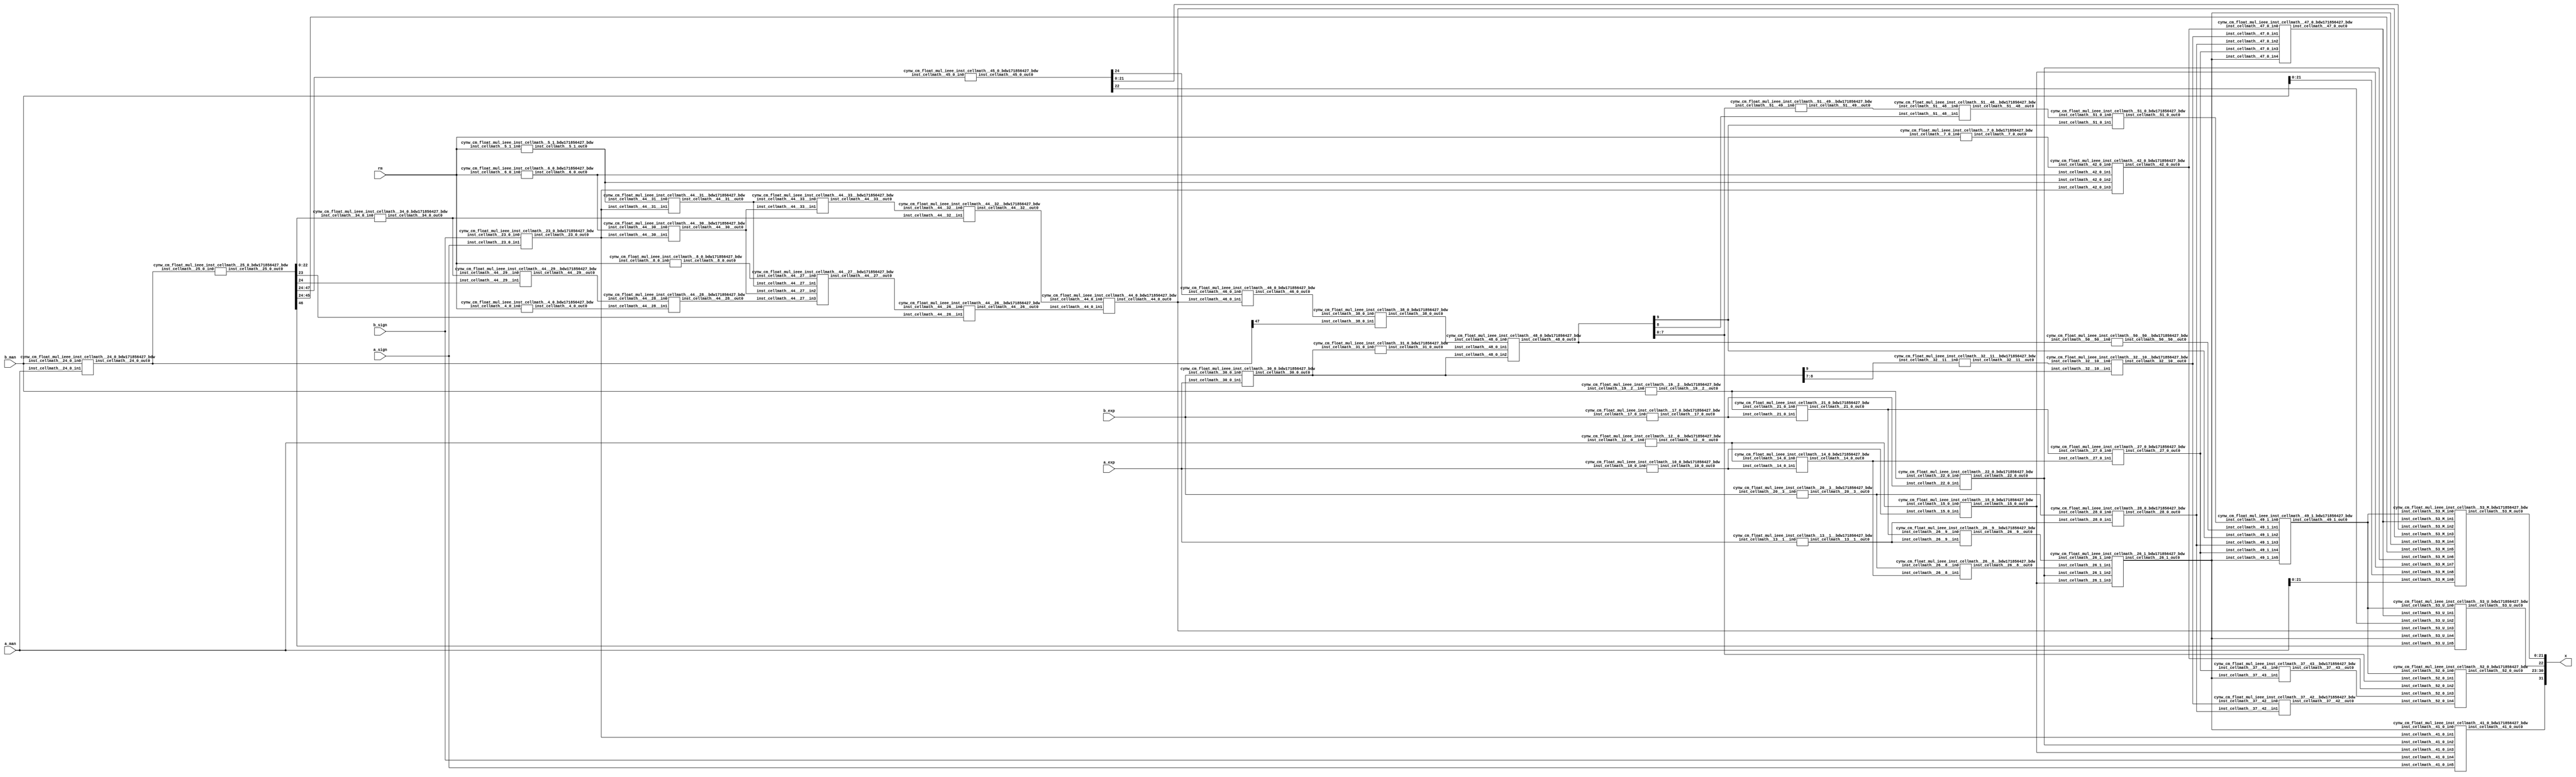
/*****************************************************************************
    Verilog Hierarchical RTL Description
    
    
    Created by: CellMath Designer 2019.1.01 
*******************************************************************************/

module float_div_cynw_cm_float_mul_ieee_E8_M23_0 (
	a_sign,
	a_exp,
	a_man,
	b_sign,
	b_exp,
	b_man,
	rm,
	x
	); /* architecture "behavioural" */ 
input  a_sign;
input [7:0] a_exp;
input [22:0] a_man;
input  b_sign;
input [7:0] b_exp;
input [22:0] b_man;
input [2:0] rm;
output [31:0] x;
wire [31:0] inst_cellmath__3;
wire  inst_cellmath__4,
	inst_cellmath__5,
	inst_cellmath__6,
	inst_cellmath__7,
	inst_cellmath__8,
	inst_cellmath__10,
	inst_cellmath__12,
	inst_cellmath__13,
	inst_cellmath__14,
	inst_cellmath__15,
	inst_cellmath__17,
	inst_cellmath__19,
	inst_cellmath__20,
	inst_cellmath__21,
	inst_cellmath__22,
	inst_cellmath__23;
wire [47:0] inst_cellmath__24,
	inst_cellmath__25;
wire  inst_cellmath__26,
	inst_cellmath__27,
	inst_cellmath__28;
wire [9:0] inst_cellmath__30,
	inst_cellmath__31;
wire  inst_cellmath__32,
	inst_cellmath__34,
	inst_cellmath__38,
	inst_cellmath__41,
	inst_cellmath__42,
	inst_cellmath__44;
wire [24:0] inst_cellmath__45;
wire  inst_cellmath__46,
	inst_cellmath__47;
wire [9:0] inst_cellmath__48;
wire  inst_cellmath__49,
	inst_cellmath__51;
wire [7:0] inst_cellmath__52;
wire [22:0] inst_cellmath__53;
wire [23:0] inst_cellmath__24__4,
	inst_cellmath__24__5;
wire [47:0] inst_cellmath__25__7;
wire [0:0] inst_cellmath__26__8,
	inst_cellmath__26__9,
	inst_cellmath__32__11,
	inst_cellmath__44__29,
	inst_cellmath__44__28,
	inst_cellmath__44__30,
	inst_cellmath__44__31,
	inst_cellmath__44__27,
	inst_cellmath__44__26,
	inst_cellmath__44__33,
	inst_cellmath__44__32;
wire [8:0] inst_cellmath__37__40;
wire [0:0] inst_cellmath__37__42,
	inst_cellmath__37__43,
	inst_cellmath__51__49,
	inst_cellmath__51__48,
	inst_cellmath__50__50;
wire [2:0] inst_cellmath__26_0;
wire [1:0] inst_cellmath__5_0;
wire [2:0] inst_cellmath__49_0;
wire [4:0] inst_cellmath__49_1_0;
wire [2:0] inst_cellmath__49_1_1;

assign inst_cellmath__24__4 = {1'B1,a_man};
cynw_cm_float_mul_ieee_inst_cellmath__17_0_bdw171856427_bdw inst_cellmath__17_0_0(
	.inst_cellmath__17_0_out0(inst_cellmath__17),
	.inst_cellmath__17_0_in0(b_exp)
	) ;
cynw_cm_float_mul_ieee_inst_cellmath__19__2__bdw171856427_bdw inst_cellmath__19__2__0(
	.inst_cellmath__19__2__out0(inst_cellmath__19),
	.inst_cellmath__19__2__in0(b_man)
	) ;
cynw_cm_float_mul_ieee_inst_cellmath__21_0_bdw171856427_bdw inst_cellmath__21_0_0(
	.inst_cellmath__21_0_out0(inst_cellmath__21),
	.inst_cellmath__21_0_in0(inst_cellmath__19),
	.inst_cellmath__21_0_in1(inst_cellmath__17)
	) ;
cynw_cm_float_mul_ieee_inst_cellmath__13__1__bdw171856427_bdw inst_cellmath__13__1__0(
	.inst_cellmath__13__1__out0(inst_cellmath__13),
	.inst_cellmath__13__1__in0(a_exp)
	) ;
cynw_cm_float_mul_ieee_inst_cellmath__26__9__bdw171856427_bdw inst_cellmath__26__9__0(
	.inst_cellmath__26__9__out0(inst_cellmath__26__9),
	.inst_cellmath__26__9__in0(inst_cellmath__21),
	.inst_cellmath__26__9__in1(inst_cellmath__13)
	) ;
cynw_cm_float_mul_ieee_inst_cellmath__10_0_bdw171856427_bdw inst_cellmath__10_0_0(
	.inst_cellmath__10_0_out0(inst_cellmath__10),
	.inst_cellmath__10_0_in0(a_exp)
	) ;
cynw_cm_float_mul_ieee_inst_cellmath__12__0__bdw171856427_bdw inst_cellmath__12__0__0(
	.inst_cellmath__12__0__out0(inst_cellmath__12),
	.inst_cellmath__12__0__in0(a_man)
	) ;
cynw_cm_float_mul_ieee_inst_cellmath__14_0_bdw171856427_bdw inst_cellmath__14_0_0(
	.inst_cellmath__14_0_out0(inst_cellmath__14),
	.inst_cellmath__14_0_in0(inst_cellmath__12),
	.inst_cellmath__14_0_in1(inst_cellmath__10)
	) ;
cynw_cm_float_mul_ieee_inst_cellmath__20__3__bdw171856427_bdw inst_cellmath__20__3__0(
	.inst_cellmath__20__3__out0(inst_cellmath__20),
	.inst_cellmath__20__3__in0(b_exp)
	) ;
cynw_cm_float_mul_ieee_inst_cellmath__26__8__bdw171856427_bdw inst_cellmath__26__8__0(
	.inst_cellmath__26__8__out0(inst_cellmath__26__8),
	.inst_cellmath__26__8__in0(inst_cellmath__20),
	.inst_cellmath__26__8__in1(inst_cellmath__14)
	) ;
cynw_cm_float_mul_ieee_inst_cellmath__15_0_bdw171856427_bdw inst_cellmath__15_0_0(
	.inst_cellmath__15_0_out0(inst_cellmath__15),
	.inst_cellmath__15_0_in0(inst_cellmath__12),
	.inst_cellmath__15_0_in1(inst_cellmath__10)
	) ;
cynw_cm_float_mul_ieee_inst_cellmath__22_0_bdw171856427_bdw inst_cellmath__22_0_0(
	.inst_cellmath__22_0_out0(inst_cellmath__22),
	.inst_cellmath__22_0_in0(inst_cellmath__19),
	.inst_cellmath__22_0_in1(inst_cellmath__17)
	) ;
cynw_cm_float_mul_ieee_inst_cellmath__26_1_bdw171856427_bdw inst_cellmath__26_1_0(
	.inst_cellmath__26_1_out0(inst_cellmath__26),
	.inst_cellmath__26_1_in0(inst_cellmath__26__9),
	.inst_cellmath__26_1_in1(inst_cellmath__26__8),
	.inst_cellmath__26_1_in2(inst_cellmath__22),
	.inst_cellmath__26_1_in3(inst_cellmath__15)
	) ;

assign inst_cellmath__26_0 = {inst_cellmath__26,inst_cellmath__15,inst_cellmath__22};
cynw_cm_float_mul_ieee_inst_cellmath__23_0_bdw171856427_bdw inst_cellmath__23_0_0(
	.inst_cellmath__23_0_out0(inst_cellmath__23),
	.inst_cellmath__23_0_in0(b_sign),
	.inst_cellmath__23_0_in1(a_sign)
	) ;
cynw_cm_float_mul_ieee_inst_cellmath__41_0_bdw171856427_bdw inst_cellmath__41_0_0(
	.inst_cellmath__41_0_out0(inst_cellmath__41),
	.inst_cellmath__41_0_in0(inst_cellmath__26),
	.inst_cellmath__41_0_in1(inst_cellmath__23),
	.inst_cellmath__41_0_in2(inst_cellmath__22),
	.inst_cellmath__41_0_in3(inst_cellmath__15),
	.inst_cellmath__41_0_in4(b_sign),
	.inst_cellmath__41_0_in5(a_sign)
	) ;

assign inst_cellmath__24__5 = {1'B1,b_man};
cynw_cm_float_mul_ieee_inst_cellmath__24_0_bdw171856427_bdw inst_cellmath__24_0_0(
	.inst_cellmath__24_0_out0(inst_cellmath__24),
	.inst_cellmath__24_0_in0(b_man),
	.inst_cellmath__24_0_in1(a_man)
	) ;

assign inst_cellmath__25__7 = {inst_cellmath__24[46:0],1'B0};
cynw_cm_float_mul_ieee_inst_cellmath__25_0_bdw171856427_bdw inst_cellmath__25_0_0(
	.inst_cellmath__25_0_out0(inst_cellmath__25),
	.inst_cellmath__25_0_in0(inst_cellmath__24)
	) ;
cynw_cm_float_mul_ieee_inst_cellmath__45_0_bdw171856427_bdw inst_cellmath__45_0_0(
	.inst_cellmath__45_0_out0(inst_cellmath__45),
	.inst_cellmath__45_0_in0(inst_cellmath__25[47:24])
	) ;
cynw_cm_float_mul_ieee_inst_cellmath__5_1_bdw171856427_bdw inst_cellmath__5_1_0(
	.inst_cellmath__5_1_out0(inst_cellmath__5),
	.inst_cellmath__5_1_in0(rm)
	) ;
cynw_cm_float_mul_ieee_inst_cellmath__44__31__bdw171856427_bdw inst_cellmath__44__31__0(
	.inst_cellmath__44__31__out0(inst_cellmath__44__31),
	.inst_cellmath__44__31__in0(inst_cellmath__5),
	.inst_cellmath__44__31__in1(inst_cellmath__23)
	) ;
cynw_cm_float_mul_ieee_inst_cellmath__6_0_bdw171856427_bdw inst_cellmath__6_0_0(
	.inst_cellmath__6_0_out0(inst_cellmath__6),
	.inst_cellmath__6_0_in0(rm)
	) ;
cynw_cm_float_mul_ieee_inst_cellmath__44__30__bdw171856427_bdw inst_cellmath__44__30__0(
	.inst_cellmath__44__30__out0(inst_cellmath__44__30),
	.inst_cellmath__44__30__in0(inst_cellmath__6),
	.inst_cellmath__44__30__in1(inst_cellmath__23)
	) ;
cynw_cm_float_mul_ieee_inst_cellmath__8_0_bdw171856427_bdw inst_cellmath__8_0_0(
	.inst_cellmath__8_0_out0(inst_cellmath__8),
	.inst_cellmath__8_0_in0(rm)
	) ;
cynw_cm_float_mul_ieee_inst_cellmath__4_0_bdw171856427_bdw inst_cellmath__4_0_0(
	.inst_cellmath__4_0_out0(inst_cellmath__4),
	.inst_cellmath__4_0_in0(rm)
	) ;
cynw_cm_float_mul_ieee_inst_cellmath__34_0_bdw171856427_bdw inst_cellmath__34_0_0(
	.inst_cellmath__34_0_out0(inst_cellmath__34),
	.inst_cellmath__34_0_in0(inst_cellmath__25[22:0])
	) ;
cynw_cm_float_mul_ieee_inst_cellmath__44__29__bdw171856427_bdw inst_cellmath__44__29__0(
	.inst_cellmath__44__29__out0(inst_cellmath__44__29),
	.inst_cellmath__44__29__in0(inst_cellmath__34),
	.inst_cellmath__44__29__in1(inst_cellmath__25[24])
	) ;
cynw_cm_float_mul_ieee_inst_cellmath__44__28__bdw171856427_bdw inst_cellmath__44__28__0(
	.inst_cellmath__44__28__out0(inst_cellmath__44__28),
	.inst_cellmath__44__28__in0(inst_cellmath__44__29),
	.inst_cellmath__44__28__in1(inst_cellmath__4)
	) ;
cynw_cm_float_mul_ieee_inst_cellmath__44__27__bdw171856427_bdw inst_cellmath__44__27__0(
	.inst_cellmath__44__27__out0(inst_cellmath__44__27),
	.inst_cellmath__44__27__in0(inst_cellmath__8),
	.inst_cellmath__44__27__in1(inst_cellmath__44__31),
	.inst_cellmath__44__27__in2(inst_cellmath__44__30),
	.inst_cellmath__44__27__in3(inst_cellmath__44__28)
	) ;
cynw_cm_float_mul_ieee_inst_cellmath__44__26__bdw171856427_bdw inst_cellmath__44__26__0(
	.inst_cellmath__44__26__out0(inst_cellmath__44__26),
	.inst_cellmath__44__26__in0(inst_cellmath__44__27),
	.inst_cellmath__44__26__in1(inst_cellmath__25[23])
	) ;
cynw_cm_float_mul_ieee_inst_cellmath__44__33__bdw171856427_bdw inst_cellmath__44__33__0(
	.inst_cellmath__44__33__out0(inst_cellmath__44__33),
	.inst_cellmath__44__33__in0(inst_cellmath__44__31),
	.inst_cellmath__44__33__in1(inst_cellmath__44__30)
	) ;
cynw_cm_float_mul_ieee_inst_cellmath__44__32__bdw171856427_bdw inst_cellmath__44__32__0(
	.inst_cellmath__44__32__out0(inst_cellmath__44__32),
	.inst_cellmath__44__32__in0(inst_cellmath__44__33),
	.inst_cellmath__44__32__in1(inst_cellmath__34)
	) ;
cynw_cm_float_mul_ieee_inst_cellmath__44_0_bdw171856427_bdw inst_cellmath__44_0_0(
	.inst_cellmath__44_0_out0(inst_cellmath__44),
	.inst_cellmath__44_0_in0(inst_cellmath__44__32),
	.inst_cellmath__44_0_in1(inst_cellmath__44__26)
	) ;
cynw_cm_float_mul_ieee_inst_cellmath__46_0_bdw171856427_bdw inst_cellmath__46_0_0(
	.inst_cellmath__46_0_out0(inst_cellmath__46),
	.inst_cellmath__46_0_in0(inst_cellmath__45[24]),
	.inst_cellmath__46_0_in1(inst_cellmath__44)
	) ;
cynw_cm_float_mul_ieee_inst_cellmath__38_0_bdw171856427_bdw inst_cellmath__38_0_0(
	.inst_cellmath__38_0_out0(inst_cellmath__38),
	.inst_cellmath__38_0_in0(inst_cellmath__46),
	.inst_cellmath__38_0_in1(inst_cellmath__24[47])
	) ;
cynw_cm_float_mul_ieee_inst_cellmath__30_0_bdw171856427_bdw inst_cellmath__30_0_0(
	.inst_cellmath__30_0_out0(inst_cellmath__30),
	.inst_cellmath__30_0_in0(b_exp),
	.inst_cellmath__30_0_in1(a_exp)
	) ;
cynw_cm_float_mul_ieee_inst_cellmath__31_0_bdw171856427_bdw inst_cellmath__31_0_0(
	.inst_cellmath__31_0_out0(inst_cellmath__31),
	.inst_cellmath__31_0_in0(inst_cellmath__30)
	) ;
cynw_cm_float_mul_ieee_inst_cellmath__48_0_bdw171856427_bdw inst_cellmath__48_0_0(
	.inst_cellmath__48_0_out0(inst_cellmath__48),
	.inst_cellmath__48_0_in0(inst_cellmath__38),
	.inst_cellmath__48_0_in1(inst_cellmath__31),
	.inst_cellmath__48_0_in2(inst_cellmath__30)
	) ;
cynw_cm_float_mul_ieee_inst_cellmath__51__49__bdw171856427_bdw inst_cellmath__51__49__0(
	.inst_cellmath__51__49__out0(inst_cellmath__51__49),
	.inst_cellmath__51__49__in0(inst_cellmath__48[7:0])
	) ;
cynw_cm_float_mul_ieee_inst_cellmath__51__48__bdw171856427_bdw inst_cellmath__51__48__0(
	.inst_cellmath__51__48__out0(inst_cellmath__51__48),
	.inst_cellmath__51__48__in0(inst_cellmath__51__49),
	.inst_cellmath__51__48__in1(inst_cellmath__48[8])
	) ;
cynw_cm_float_mul_ieee_inst_cellmath__51_0_bdw171856427_bdw inst_cellmath__51_0_0(
	.inst_cellmath__51_0_out0(inst_cellmath__51),
	.inst_cellmath__51_0_in0(inst_cellmath__51__48),
	.inst_cellmath__51_0_in1(inst_cellmath__48[9])
	) ;
cynw_cm_float_mul_ieee_inst_cellmath__28_0_bdw171856427_bdw inst_cellmath__28_0_0(
	.inst_cellmath__28_0_out0(inst_cellmath__28),
	.inst_cellmath__28_0_in0(inst_cellmath__20),
	.inst_cellmath__28_0_in1(inst_cellmath__13)
	) ;
cynw_cm_float_mul_ieee_inst_cellmath__27_0_bdw171856427_bdw inst_cellmath__27_0_0(
	.inst_cellmath__27_0_out0(inst_cellmath__27),
	.inst_cellmath__27_0_in0(inst_cellmath__21),
	.inst_cellmath__27_0_in1(inst_cellmath__14)
	) ;
cynw_cm_float_mul_ieee_inst_cellmath__50__50__bdw171856427_bdw inst_cellmath__50__50__0(
	.inst_cellmath__50__50__out0(inst_cellmath__50__50),
	.inst_cellmath__50__50__in0(inst_cellmath__48)
	) ;
cynw_cm_float_mul_ieee_inst_cellmath__49_1_bdw171856427_bdw inst_cellmath__49_1_2(
	.inst_cellmath__49_1_out0(inst_cellmath__49),
	.inst_cellmath__49_1_in0(inst_cellmath__51),
	.inst_cellmath__49_1_in1(inst_cellmath__50__50),
	.inst_cellmath__49_1_in2(inst_cellmath__48[9]),
	.inst_cellmath__49_1_in3(inst_cellmath__28),
	.inst_cellmath__49_1_in4(inst_cellmath__27),
	.inst_cellmath__49_1_in5(inst_cellmath__26)
	) ;
cynw_cm_float_mul_ieee_inst_cellmath__37__43__bdw171856427_bdw inst_cellmath__37__43__0(
	.inst_cellmath__37__43__out0(inst_cellmath__37__43),
	.inst_cellmath__37__43__in0(inst_cellmath__27),
	.inst_cellmath__37__43__in1(inst_cellmath__26)
	) ;
cynw_cm_float_mul_ieee_inst_cellmath__32__11__bdw171856427_bdw inst_cellmath__32__11__0(
	.inst_cellmath__32__11__out0(inst_cellmath__32__11),
	.inst_cellmath__32__11__in0(inst_cellmath__30[8:7])
	) ;
cynw_cm_float_mul_ieee_inst_cellmath__32__10__bdw171856427_bdw inst_cellmath__32__10__0(
	.inst_cellmath__32__10__out0(inst_cellmath__32),
	.inst_cellmath__32__10__in0(inst_cellmath__32__11),
	.inst_cellmath__32__10__in1(inst_cellmath__30[9])
	) ;
cynw_cm_float_mul_ieee_inst_cellmath__37__42__bdw171856427_bdw inst_cellmath__37__42__0(
	.inst_cellmath__37__42__out0(inst_cellmath__37__42),
	.inst_cellmath__37__42__in0(inst_cellmath__32),
	.inst_cellmath__37__42__in1(inst_cellmath__28)
	) ;

assign inst_cellmath__49_0 = {inst_cellmath__49,inst_cellmath__37__43,inst_cellmath__37__42};

assign inst_cellmath__5_0 = {inst_cellmath__5,inst_cellmath__6};
cynw_cm_float_mul_ieee_inst_cellmath__7_0_bdw171856427_bdw inst_cellmath__7_0_0(
	.inst_cellmath__7_0_out0(inst_cellmath__7),
	.inst_cellmath__7_0_in0(rm)
	) ;
cynw_cm_float_mul_ieee_inst_cellmath__42_0_bdw171856427_bdw inst_cellmath__42_0_0(
	.inst_cellmath__42_0_out0(inst_cellmath__42),
	.inst_cellmath__42_0_in0(inst_cellmath__7),
	.inst_cellmath__42_0_in1(inst_cellmath__6),
	.inst_cellmath__42_0_in2(inst_cellmath__5),
	.inst_cellmath__42_0_in3(inst_cellmath__23)
	) ;

assign inst_cellmath__37__40[7:0] = {7'B1111111,inst_cellmath__42};
cynw_cm_float_mul_ieee_inst_cellmath__52_0_bdw171856427_bdw inst_cellmath__52_0_0(
	.inst_cellmath__52_0_out0(inst_cellmath__52),
	.inst_cellmath__52_0_in0(inst_cellmath__49),
	.inst_cellmath__52_0_in1(inst_cellmath__48[7:0]),
	.inst_cellmath__52_0_in2(inst_cellmath__42),
	.inst_cellmath__52_0_in3(inst_cellmath__37__43),
	.inst_cellmath__52_0_in4(inst_cellmath__37__42)
	) ;

assign inst_cellmath__49_1_1 = {inst_cellmath__49,inst_cellmath__44,inst_cellmath__26};
cynw_cm_float_mul_ieee_inst_cellmath__47_0_bdw171856427_bdw inst_cellmath__47_0_0(
	.inst_cellmath__47_0_out0(inst_cellmath__47),
	.inst_cellmath__47_0_in0(inst_cellmath__42),
	.inst_cellmath__47_0_in1(inst_cellmath__32),
	.inst_cellmath__47_0_in2(inst_cellmath__28),
	.inst_cellmath__47_0_in3(inst_cellmath__27),
	.inst_cellmath__47_0_in4(inst_cellmath__26)
	) ;
cynw_cm_float_mul_ieee_inst_cellmath__53_U_bdw171856427_bdw inst_cellmath__53_U_0(
	.inst_cellmath__53_U_out0(inst_cellmath__53[22]),
	.inst_cellmath__53_U_in0(inst_cellmath__49),
	.inst_cellmath__53_U_in1(inst_cellmath__47),
	.inst_cellmath__53_U_in2(inst_cellmath__45[22]),
	.inst_cellmath__53_U_in3(inst_cellmath__44),
	.inst_cellmath__53_U_in4(inst_cellmath__26),
	.inst_cellmath__53_U_in5(inst_cellmath__25[46])
	) ;

assign inst_cellmath__49_1_0 = {inst_cellmath__49,inst_cellmath__44,inst_cellmath__26,inst_cellmath__15,inst_cellmath__22};
cynw_cm_float_mul_ieee_inst_cellmath__53_M_bdw171856427_bdw inst_cellmath__53_M_0(
	.inst_cellmath__53_M_out0(inst_cellmath__53[21:0]),
	.inst_cellmath__53_M_in0(inst_cellmath__49),
	.inst_cellmath__53_M_in1(inst_cellmath__47),
	.inst_cellmath__53_M_in2(inst_cellmath__45[21:0]),
	.inst_cellmath__53_M_in3(inst_cellmath__44),
	.inst_cellmath__53_M_in4(inst_cellmath__26),
	.inst_cellmath__53_M_in5(inst_cellmath__25[45:24]),
	.inst_cellmath__53_M_in6(inst_cellmath__22),
	.inst_cellmath__53_M_in7(inst_cellmath__15),
	.inst_cellmath__53_M_in8(b_man[21:0]),
	.inst_cellmath__53_M_in9(a_man[21:0])
	) ;

assign inst_cellmath__3 = {inst_cellmath__41,inst_cellmath__52,inst_cellmath__53};

assign x = inst_cellmath__3;
endmodule

module cynw_cm_float_mul_ieee_inst_cellmath__17_0_bdw171856427_bdw (
	inst_cellmath__17_0_out0,
	inst_cellmath__17_0_in0
	); /* architecture "behavioural" */ 
output  inst_cellmath__17_0_out0;
input [7:0] inst_cellmath__17_0_in0;

assign inst_cellmath__17_0_out0 = 
	(inst_cellmath__17_0_in0[0])
	&(inst_cellmath__17_0_in0[1])
	&(inst_cellmath__17_0_in0[2])
	&(inst_cellmath__17_0_in0[3])
	&(inst_cellmath__17_0_in0[4])
	&(inst_cellmath__17_0_in0[5])
	&(inst_cellmath__17_0_in0[6])
	&(inst_cellmath__17_0_in0[7]);
endmodule

module cynw_cm_float_mul_ieee_inst_cellmath__19__2__bdw171856427_bdw (
	inst_cellmath__19__2__out0,
	inst_cellmath__19__2__in0
	); /* architecture "behavioural" */ 
output  inst_cellmath__19__2__out0;
input [22:0] inst_cellmath__19__2__in0;

assign inst_cellmath__19__2__out0 = ~(
	(inst_cellmath__19__2__in0[0])
	|(inst_cellmath__19__2__in0[1])
	|(inst_cellmath__19__2__in0[2])
	|(inst_cellmath__19__2__in0[3])
	|(inst_cellmath__19__2__in0[4])
	|(inst_cellmath__19__2__in0[5])
	|(inst_cellmath__19__2__in0[6])
	|(inst_cellmath__19__2__in0[7])
	|(inst_cellmath__19__2__in0[8])
	|(inst_cellmath__19__2__in0[9])
	|(inst_cellmath__19__2__in0[10])
	|(inst_cellmath__19__2__in0[11])
	|(inst_cellmath__19__2__in0[12])
	|(inst_cellmath__19__2__in0[13])
	|(inst_cellmath__19__2__in0[14])
	|(inst_cellmath__19__2__in0[15])
	|(inst_cellmath__19__2__in0[16])
	|(inst_cellmath__19__2__in0[17])
	|(inst_cellmath__19__2__in0[18])
	|(inst_cellmath__19__2__in0[19])
	|(inst_cellmath__19__2__in0[20])
	|(inst_cellmath__19__2__in0[21])
	|(inst_cellmath__19__2__in0[22]));
endmodule

module cynw_cm_float_mul_ieee_inst_cellmath__21_0_bdw171856427_bdw (
	inst_cellmath__21_0_out0,
	inst_cellmath__21_0_in0,
	inst_cellmath__21_0_in1
	); /* architecture "behavioural" */ 
output  inst_cellmath__21_0_out0;
input  inst_cellmath__21_0_in0,
	inst_cellmath__21_0_in1;

assign inst_cellmath__21_0_out0 = 
	(inst_cellmath__21_0_in1)
	&(inst_cellmath__21_0_in0);
endmodule

module cynw_cm_float_mul_ieee_inst_cellmath__13__1__bdw171856427_bdw (
	inst_cellmath__13__1__out0,
	inst_cellmath__13__1__in0
	); /* architecture "behavioural" */ 
output  inst_cellmath__13__1__out0;
input [7:0] inst_cellmath__13__1__in0;

assign inst_cellmath__13__1__out0 = ~(
	(inst_cellmath__13__1__in0[0])
	|(inst_cellmath__13__1__in0[1])
	|(inst_cellmath__13__1__in0[2])
	|(inst_cellmath__13__1__in0[3])
	|(inst_cellmath__13__1__in0[4])
	|(inst_cellmath__13__1__in0[5])
	|(inst_cellmath__13__1__in0[6])
	|(inst_cellmath__13__1__in0[7]));
endmodule

module cynw_cm_float_mul_ieee_inst_cellmath__26__9__bdw171856427_bdw (
	inst_cellmath__26__9__out0,
	inst_cellmath__26__9__in0,
	inst_cellmath__26__9__in1
	); /* architecture "behavioural" */ 
output [0:0] inst_cellmath__26__9__out0;
input  inst_cellmath__26__9__in0,
	inst_cellmath__26__9__in1;

assign inst_cellmath__26__9__out0 = 
	(inst_cellmath__26__9__in0)
	&(inst_cellmath__26__9__in1);
endmodule

module cynw_cm_float_mul_ieee_inst_cellmath__10_0_bdw171856427_bdw (
	inst_cellmath__10_0_out0,
	inst_cellmath__10_0_in0
	); /* architecture "behavioural" */ 
output  inst_cellmath__10_0_out0;
input [7:0] inst_cellmath__10_0_in0;

assign inst_cellmath__10_0_out0 = 
	(inst_cellmath__10_0_in0[0])
	&(inst_cellmath__10_0_in0[1])
	&(inst_cellmath__10_0_in0[2])
	&(inst_cellmath__10_0_in0[3])
	&(inst_cellmath__10_0_in0[4])
	&(inst_cellmath__10_0_in0[5])
	&(inst_cellmath__10_0_in0[6])
	&(inst_cellmath__10_0_in0[7]);
endmodule

module cynw_cm_float_mul_ieee_inst_cellmath__12__0__bdw171856427_bdw (
	inst_cellmath__12__0__out0,
	inst_cellmath__12__0__in0
	); /* architecture "behavioural" */ 
output  inst_cellmath__12__0__out0;
input [22:0] inst_cellmath__12__0__in0;

assign inst_cellmath__12__0__out0 = ~(
	(inst_cellmath__12__0__in0[0])
	|(inst_cellmath__12__0__in0[1])
	|(inst_cellmath__12__0__in0[2])
	|(inst_cellmath__12__0__in0[3])
	|(inst_cellmath__12__0__in0[4])
	|(inst_cellmath__12__0__in0[5])
	|(inst_cellmath__12__0__in0[6])
	|(inst_cellmath__12__0__in0[7])
	|(inst_cellmath__12__0__in0[8])
	|(inst_cellmath__12__0__in0[9])
	|(inst_cellmath__12__0__in0[10])
	|(inst_cellmath__12__0__in0[11])
	|(inst_cellmath__12__0__in0[12])
	|(inst_cellmath__12__0__in0[13])
	|(inst_cellmath__12__0__in0[14])
	|(inst_cellmath__12__0__in0[15])
	|(inst_cellmath__12__0__in0[16])
	|(inst_cellmath__12__0__in0[17])
	|(inst_cellmath__12__0__in0[18])
	|(inst_cellmath__12__0__in0[19])
	|(inst_cellmath__12__0__in0[20])
	|(inst_cellmath__12__0__in0[21])
	|(inst_cellmath__12__0__in0[22]));
endmodule

module cynw_cm_float_mul_ieee_inst_cellmath__14_0_bdw171856427_bdw (
	inst_cellmath__14_0_out0,
	inst_cellmath__14_0_in0,
	inst_cellmath__14_0_in1
	); /* architecture "behavioural" */ 
output  inst_cellmath__14_0_out0;
input  inst_cellmath__14_0_in0,
	inst_cellmath__14_0_in1;

assign inst_cellmath__14_0_out0 = 
	(inst_cellmath__14_0_in1)
	&(inst_cellmath__14_0_in0);
endmodule

module cynw_cm_float_mul_ieee_inst_cellmath__20__3__bdw171856427_bdw (
	inst_cellmath__20__3__out0,
	inst_cellmath__20__3__in0
	); /* architecture "behavioural" */ 
output  inst_cellmath__20__3__out0;
input [7:0] inst_cellmath__20__3__in0;

assign inst_cellmath__20__3__out0 = ~(
	(inst_cellmath__20__3__in0[0])
	|(inst_cellmath__20__3__in0[1])
	|(inst_cellmath__20__3__in0[2])
	|(inst_cellmath__20__3__in0[3])
	|(inst_cellmath__20__3__in0[4])
	|(inst_cellmath__20__3__in0[5])
	|(inst_cellmath__20__3__in0[6])
	|(inst_cellmath__20__3__in0[7]));
endmodule

module cynw_cm_float_mul_ieee_inst_cellmath__26__8__bdw171856427_bdw (
	inst_cellmath__26__8__out0,
	inst_cellmath__26__8__in0,
	inst_cellmath__26__8__in1
	); /* architecture "behavioural" */ 
output [0:0] inst_cellmath__26__8__out0;
input  inst_cellmath__26__8__in0,
	inst_cellmath__26__8__in1;

assign inst_cellmath__26__8__out0 = 
	(inst_cellmath__26__8__in1)
	&(inst_cellmath__26__8__in0);
endmodule

module cynw_cm_float_mul_ieee_inst_cellmath__15_0_bdw171856427_bdw (
	inst_cellmath__15_0_out0,
	inst_cellmath__15_0_in0,
	inst_cellmath__15_0_in1
	); /* architecture "behavioural" */ 
output  inst_cellmath__15_0_out0;
input  inst_cellmath__15_0_in0,
	inst_cellmath__15_0_in1;

assign inst_cellmath__15_0_out0 = 
	(inst_cellmath__15_0_in1)
	&((~inst_cellmath__15_0_in0));
endmodule

module cynw_cm_float_mul_ieee_inst_cellmath__22_0_bdw171856427_bdw (
	inst_cellmath__22_0_out0,
	inst_cellmath__22_0_in0,
	inst_cellmath__22_0_in1
	); /* architecture "behavioural" */ 
output  inst_cellmath__22_0_out0;
input  inst_cellmath__22_0_in0,
	inst_cellmath__22_0_in1;

assign inst_cellmath__22_0_out0 = 
	(inst_cellmath__22_0_in1)
	&((~inst_cellmath__22_0_in0));
endmodule

module cynw_cm_float_mul_ieee_inst_cellmath__26_1_bdw171856427_bdw (
	inst_cellmath__26_1_out0,
	inst_cellmath__26_1_in0,
	inst_cellmath__26_1_in1,
	inst_cellmath__26_1_in2,
	inst_cellmath__26_1_in3
	); /* architecture "behavioural" */ 
output  inst_cellmath__26_1_out0;
input [0:0] inst_cellmath__26_1_in0,
	inst_cellmath__26_1_in1;
input  inst_cellmath__26_1_in2,
	inst_cellmath__26_1_in3;

assign inst_cellmath__26_1_out0 = 
	(inst_cellmath__26_1_in0)
	|(inst_cellmath__26_1_in1)
	|(inst_cellmath__26_1_in3)
	|(inst_cellmath__26_1_in2);
endmodule

module cynw_cm_float_mul_ieee_inst_cellmath__23_0_bdw171856427_bdw (
	inst_cellmath__23_0_out0,
	inst_cellmath__23_0_in0,
	inst_cellmath__23_0_in1
	); /* architecture "behavioural" */ 
output  inst_cellmath__23_0_out0;
input  inst_cellmath__23_0_in0,
	inst_cellmath__23_0_in1;

assign inst_cellmath__23_0_out0 = 
	(inst_cellmath__23_0_in1)
	^(inst_cellmath__23_0_in0);
endmodule

module cynw_cm_float_mul_ieee_inst_cellmath__41_0_bdw171856427_bdw (
	inst_cellmath__41_0_out0,
	inst_cellmath__41_0_in0,
	inst_cellmath__41_0_in1,
	inst_cellmath__41_0_in2,
	inst_cellmath__41_0_in3,
	inst_cellmath__41_0_in4,
	inst_cellmath__41_0_in5
	); /* architecture "behavioural" */ 
output  inst_cellmath__41_0_out0;
input  inst_cellmath__41_0_in0,
	inst_cellmath__41_0_in1,
	inst_cellmath__41_0_in2,
	inst_cellmath__41_0_in3,
	inst_cellmath__41_0_in4,
	inst_cellmath__41_0_in5;
wire [2:0] inst_cellmath__26_0;

assign inst_cellmath__26_0 = {inst_cellmath__41_0_in0,inst_cellmath__41_0_in3,inst_cellmath__41_0_in2};

reg [0:0] inst_cellmath__41_0_out0_tmp_0;
assign inst_cellmath__41_0_out0 = inst_cellmath__41_0_out0_tmp_0;
always @ (inst_cellmath__26_0 or inst_cellmath__41_0_in1 or inst_cellmath__41_0_in4 or inst_cellmath__41_0_in5) begin
	casez (inst_cellmath__26_0)
		3'B0?? : inst_cellmath__41_0_out0_tmp_0 = inst_cellmath__41_0_in1 ;
		3'B100 : inst_cellmath__41_0_out0_tmp_0 = 1'B1 ;
		3'B101 : inst_cellmath__41_0_out0_tmp_0 = inst_cellmath__41_0_in4 ;
		default : inst_cellmath__41_0_out0_tmp_0 = inst_cellmath__41_0_in5 ;
	endcase
end
endmodule

module cynw_cm_float_mul_ieee_inst_cellmath__24_0_bdw171856427_bdw (
	inst_cellmath__24_0_out0,
	inst_cellmath__24_0_in0,
	inst_cellmath__24_0_in1
	); /* architecture "behavioural" */ 
output [47:0] inst_cellmath__24_0_out0;
input [22:0] inst_cellmath__24_0_in0,
	inst_cellmath__24_0_in1;
wire [23:0] inst_cellmath__24__4,
	inst_cellmath__24__5;

assign inst_cellmath__24__4 = {1'B1,inst_cellmath__24_0_in1};

assign inst_cellmath__24__5 = {1'B1,inst_cellmath__24_0_in0};

assign inst_cellmath__24_0_out0 = 
	+(inst_cellmath__24__4 * inst_cellmath__24__5);
endmodule

module cynw_cm_float_mul_ieee_inst_cellmath__25_0_bdw171856427_bdw (
	inst_cellmath__25_0_out0,
	inst_cellmath__25_0_in0
	); /* architecture "behavioural" */ 
output [47:0] inst_cellmath__25_0_out0;
input [47:0] inst_cellmath__25_0_in0;
wire [47:0] inst_cellmath__25__7;

assign inst_cellmath__25__7 = {inst_cellmath__25_0_in0[46:0],1'B0};

reg [47:0] inst_cellmath__25_0_out0_tmp_0;
assign inst_cellmath__25_0_out0 = inst_cellmath__25_0_out0_tmp_0;
always @ (inst_cellmath__25_0_in0[47] or inst_cellmath__25__7 or inst_cellmath__25_0_in0) begin
	case (inst_cellmath__25_0_in0[47])
		1'B0 : inst_cellmath__25_0_out0_tmp_0 = inst_cellmath__25__7 ;
		default : inst_cellmath__25_0_out0_tmp_0 = inst_cellmath__25_0_in0 ;
	endcase
end
endmodule

module cynw_cm_float_mul_ieee_inst_cellmath__45_0_bdw171856427_bdw (
	inst_cellmath__45_0_out0,
	inst_cellmath__45_0_in0
	); /* architecture "behavioural" */ 
output [24:0] inst_cellmath__45_0_out0;
input [47:24] inst_cellmath__45_0_in0;

assign inst_cellmath__45_0_out0 = 
	+(inst_cellmath__45_0_in0)
	+(25'B0000000000000000000000001);
endmodule

module cynw_cm_float_mul_ieee_inst_cellmath__5_1_bdw171856427_bdw (
	inst_cellmath__5_1_out0,
	inst_cellmath__5_1_in0
	); /* architecture "behavioural" */ 
output  inst_cellmath__5_1_out0;
input [2:0] inst_cellmath__5_1_in0;

assign inst_cellmath__5_1_out0 = (6'B000000==(inst_cellmath__5_1_in0 - 6'B000001));
endmodule

module cynw_cm_float_mul_ieee_inst_cellmath__44__31__bdw171856427_bdw (
	inst_cellmath__44__31__out0,
	inst_cellmath__44__31__in0,
	inst_cellmath__44__31__in1
	); /* architecture "behavioural" */ 
output [0:0] inst_cellmath__44__31__out0;
input  inst_cellmath__44__31__in0,
	inst_cellmath__44__31__in1;

assign inst_cellmath__44__31__out0 = 
	(inst_cellmath__44__31__in0)
	&((~inst_cellmath__44__31__in1));
endmodule

module cynw_cm_float_mul_ieee_inst_cellmath__6_0_bdw171856427_bdw (
	inst_cellmath__6_0_out0,
	inst_cellmath__6_0_in0
	); /* architecture "behavioural" */ 
output  inst_cellmath__6_0_out0;
input [2:0] inst_cellmath__6_0_in0;

assign inst_cellmath__6_0_out0 = (7'B0000001==(inst_cellmath__6_0_in0 - 7'B0000001));
endmodule

module cynw_cm_float_mul_ieee_inst_cellmath__44__30__bdw171856427_bdw (
	inst_cellmath__44__30__out0,
	inst_cellmath__44__30__in0,
	inst_cellmath__44__30__in1
	); /* architecture "behavioural" */ 
output [0:0] inst_cellmath__44__30__out0;
input  inst_cellmath__44__30__in0,
	inst_cellmath__44__30__in1;

assign inst_cellmath__44__30__out0 = 
	(inst_cellmath__44__30__in0)
	&(inst_cellmath__44__30__in1);
endmodule

module cynw_cm_float_mul_ieee_inst_cellmath__8_0_bdw171856427_bdw (
	inst_cellmath__8_0_out0,
	inst_cellmath__8_0_in0
	); /* architecture "behavioural" */ 
output  inst_cellmath__8_0_out0;
input [2:0] inst_cellmath__8_0_in0;

assign inst_cellmath__8_0_out0 = (7'B0000011==(inst_cellmath__8_0_in0 - 7'B0000001));
endmodule

module cynw_cm_float_mul_ieee_inst_cellmath__4_0_bdw171856427_bdw (
	inst_cellmath__4_0_out0,
	inst_cellmath__4_0_in0
	); /* architecture "behavioural" */ 
output  inst_cellmath__4_0_out0;
input [2:0] inst_cellmath__4_0_in0;

assign inst_cellmath__4_0_out0 = (7'B0000000==inst_cellmath__4_0_in0);
endmodule

module cynw_cm_float_mul_ieee_inst_cellmath__34_0_bdw171856427_bdw (
	inst_cellmath__34_0_out0,
	inst_cellmath__34_0_in0
	); /* architecture "behavioural" */ 
output  inst_cellmath__34_0_out0;
input [22:0] inst_cellmath__34_0_in0;

assign inst_cellmath__34_0_out0 = 
	(inst_cellmath__34_0_in0[0])
	|(inst_cellmath__34_0_in0[1])
	|(inst_cellmath__34_0_in0[2])
	|(inst_cellmath__34_0_in0[3])
	|(inst_cellmath__34_0_in0[4])
	|(inst_cellmath__34_0_in0[5])
	|(inst_cellmath__34_0_in0[6])
	|(inst_cellmath__34_0_in0[7])
	|(inst_cellmath__34_0_in0[8])
	|(inst_cellmath__34_0_in0[9])
	|(inst_cellmath__34_0_in0[10])
	|(inst_cellmath__34_0_in0[11])
	|(inst_cellmath__34_0_in0[12])
	|(inst_cellmath__34_0_in0[13])
	|(inst_cellmath__34_0_in0[14])
	|(inst_cellmath__34_0_in0[15])
	|(inst_cellmath__34_0_in0[16])
	|(inst_cellmath__34_0_in0[17])
	|(inst_cellmath__34_0_in0[18])
	|(inst_cellmath__34_0_in0[19])
	|(inst_cellmath__34_0_in0[20])
	|(inst_cellmath__34_0_in0[21])
	|(inst_cellmath__34_0_in0[22]);
endmodule

module cynw_cm_float_mul_ieee_inst_cellmath__44__29__bdw171856427_bdw (
	inst_cellmath__44__29__out0,
	inst_cellmath__44__29__in0,
	inst_cellmath__44__29__in1
	); /* architecture "behavioural" */ 
output [0:0] inst_cellmath__44__29__out0;
input  inst_cellmath__44__29__in0;
input [24:24] inst_cellmath__44__29__in1;

assign inst_cellmath__44__29__out0 = 
	(inst_cellmath__44__29__in0)
	|(inst_cellmath__44__29__in1);
endmodule

module cynw_cm_float_mul_ieee_inst_cellmath__44__28__bdw171856427_bdw (
	inst_cellmath__44__28__out0,
	inst_cellmath__44__28__in0,
	inst_cellmath__44__28__in1
	); /* architecture "behavioural" */ 
output [0:0] inst_cellmath__44__28__out0;
input [0:0] inst_cellmath__44__28__in0;
input  inst_cellmath__44__28__in1;

assign inst_cellmath__44__28__out0 = 
	(inst_cellmath__44__28__in1)
	&(inst_cellmath__44__28__in0);
endmodule

module cynw_cm_float_mul_ieee_inst_cellmath__44__27__bdw171856427_bdw (
	inst_cellmath__44__27__out0,
	inst_cellmath__44__27__in0,
	inst_cellmath__44__27__in1,
	inst_cellmath__44__27__in2,
	inst_cellmath__44__27__in3
	); /* architecture "behavioural" */ 
output [0:0] inst_cellmath__44__27__out0;
input  inst_cellmath__44__27__in0;
input [0:0] inst_cellmath__44__27__in1,
	inst_cellmath__44__27__in2,
	inst_cellmath__44__27__in3;

assign inst_cellmath__44__27__out0 = 
	(inst_cellmath__44__27__in1)
	|(inst_cellmath__44__27__in2)
	|(inst_cellmath__44__27__in0)
	|(inst_cellmath__44__27__in3);
endmodule

module cynw_cm_float_mul_ieee_inst_cellmath__44__26__bdw171856427_bdw (
	inst_cellmath__44__26__out0,
	inst_cellmath__44__26__in0,
	inst_cellmath__44__26__in1
	); /* architecture "behavioural" */ 
output [0:0] inst_cellmath__44__26__out0;
input [0:0] inst_cellmath__44__26__in0;
input [23:23] inst_cellmath__44__26__in1;

assign inst_cellmath__44__26__out0 = 
	(inst_cellmath__44__26__in1)
	&(inst_cellmath__44__26__in0);
endmodule

module cynw_cm_float_mul_ieee_inst_cellmath__44__33__bdw171856427_bdw (
	inst_cellmath__44__33__out0,
	inst_cellmath__44__33__in0,
	inst_cellmath__44__33__in1
	); /* architecture "behavioural" */ 
output [0:0] inst_cellmath__44__33__out0;
input [0:0] inst_cellmath__44__33__in0,
	inst_cellmath__44__33__in1;

assign inst_cellmath__44__33__out0 = 
	(inst_cellmath__44__33__in1)
	|(inst_cellmath__44__33__in0);
endmodule

module cynw_cm_float_mul_ieee_inst_cellmath__44__32__bdw171856427_bdw (
	inst_cellmath__44__32__out0,
	inst_cellmath__44__32__in0,
	inst_cellmath__44__32__in1
	); /* architecture "behavioural" */ 
output [0:0] inst_cellmath__44__32__out0;
input [0:0] inst_cellmath__44__32__in0;
input  inst_cellmath__44__32__in1;

assign inst_cellmath__44__32__out0 = 
	(inst_cellmath__44__32__in1)
	&(inst_cellmath__44__32__in0);
endmodule

module cynw_cm_float_mul_ieee_inst_cellmath__44_0_bdw171856427_bdw (
	inst_cellmath__44_0_out0,
	inst_cellmath__44_0_in0,
	inst_cellmath__44_0_in1
	); /* architecture "behavioural" */ 
output  inst_cellmath__44_0_out0;
input [0:0] inst_cellmath__44_0_in0,
	inst_cellmath__44_0_in1;

assign inst_cellmath__44_0_out0 = 
	(inst_cellmath__44_0_in1)
	|(inst_cellmath__44_0_in0);
endmodule

module cynw_cm_float_mul_ieee_inst_cellmath__46_0_bdw171856427_bdw (
	inst_cellmath__46_0_out0,
	inst_cellmath__46_0_in0,
	inst_cellmath__46_0_in1
	); /* architecture "behavioural" */ 
output  inst_cellmath__46_0_out0;
input [24:24] inst_cellmath__46_0_in0;
input  inst_cellmath__46_0_in1;

assign inst_cellmath__46_0_out0 = 
	(inst_cellmath__46_0_in0)
	&(inst_cellmath__46_0_in1);
endmodule

module cynw_cm_float_mul_ieee_inst_cellmath__38_0_bdw171856427_bdw (
	inst_cellmath__38_0_out0,
	inst_cellmath__38_0_in0,
	inst_cellmath__38_0_in1
	); /* architecture "behavioural" */ 
output  inst_cellmath__38_0_out0;
input  inst_cellmath__38_0_in0;
input [47:47] inst_cellmath__38_0_in1;

assign inst_cellmath__38_0_out0 = 
	(inst_cellmath__38_0_in1)
	|(inst_cellmath__38_0_in0);
endmodule

module cynw_cm_float_mul_ieee_inst_cellmath__30_0_bdw171856427_bdw (
	inst_cellmath__30_0_out0,
	inst_cellmath__30_0_in0,
	inst_cellmath__30_0_in1
	); /* architecture "behavioural" */ 
output [9:0] inst_cellmath__30_0_out0;
input [7:0] inst_cellmath__30_0_in0,
	inst_cellmath__30_0_in1;

wire [9:0] inst_cellmath__30_0_out0_tmp_0;
assign inst_cellmath__30_0_out0_tmp_0 = 
	+(inst_cellmath__30_0_in1)
	+(inst_cellmath__30_0_in0);
assign inst_cellmath__30_0_out0 = inst_cellmath__30_0_out0_tmp_0
	-(10'B0001111111);
endmodule

module cynw_cm_float_mul_ieee_inst_cellmath__31_0_bdw171856427_bdw (
	inst_cellmath__31_0_out0,
	inst_cellmath__31_0_in0
	); /* architecture "behavioural" */ 
output [9:0] inst_cellmath__31_0_out0;
input [9:0] inst_cellmath__31_0_in0;

assign inst_cellmath__31_0_out0 = 
	+(inst_cellmath__31_0_in0)
	+(10'B0000000001);
endmodule

module cynw_cm_float_mul_ieee_inst_cellmath__48_0_bdw171856427_bdw (
	inst_cellmath__48_0_out0,
	inst_cellmath__48_0_in0,
	inst_cellmath__48_0_in1,
	inst_cellmath__48_0_in2
	); /* architecture "behavioural" */ 
output [9:0] inst_cellmath__48_0_out0;
input  inst_cellmath__48_0_in0;
input [9:0] inst_cellmath__48_0_in1,
	inst_cellmath__48_0_in2;

reg [9:0] inst_cellmath__48_0_out0_tmp_0;
assign inst_cellmath__48_0_out0 = inst_cellmath__48_0_out0_tmp_0;
always @ (inst_cellmath__48_0_in0 or inst_cellmath__48_0_in2 or inst_cellmath__48_0_in1) begin
	case (inst_cellmath__48_0_in0)
		1'B0 : inst_cellmath__48_0_out0_tmp_0 = inst_cellmath__48_0_in2 ;
		default : inst_cellmath__48_0_out0_tmp_0 = inst_cellmath__48_0_in1 ;
	endcase
end
endmodule

module cynw_cm_float_mul_ieee_inst_cellmath__51__49__bdw171856427_bdw (
	inst_cellmath__51__49__out0,
	inst_cellmath__51__49__in0
	); /* architecture "behavioural" */ 
output [0:0] inst_cellmath__51__49__out0;
input [7:0] inst_cellmath__51__49__in0;

assign inst_cellmath__51__49__out0 = 
	(inst_cellmath__51__49__in0[0])
	&(inst_cellmath__51__49__in0[1])
	&(inst_cellmath__51__49__in0[2])
	&(inst_cellmath__51__49__in0[3])
	&(inst_cellmath__51__49__in0[4])
	&(inst_cellmath__51__49__in0[5])
	&(inst_cellmath__51__49__in0[6])
	&(inst_cellmath__51__49__in0[7]);
endmodule

module cynw_cm_float_mul_ieee_inst_cellmath__51__48__bdw171856427_bdw (
	inst_cellmath__51__48__out0,
	inst_cellmath__51__48__in0,
	inst_cellmath__51__48__in1
	); /* architecture "behavioural" */ 
output [0:0] inst_cellmath__51__48__out0;
input [0:0] inst_cellmath__51__48__in0;
input [8:8] inst_cellmath__51__48__in1;

assign inst_cellmath__51__48__out0 = 
	(inst_cellmath__51__48__in1)
	|(inst_cellmath__51__48__in0);
endmodule

module cynw_cm_float_mul_ieee_inst_cellmath__51_0_bdw171856427_bdw (
	inst_cellmath__51_0_out0,
	inst_cellmath__51_0_in0,
	inst_cellmath__51_0_in1
	); /* architecture "behavioural" */ 
output  inst_cellmath__51_0_out0;
input [0:0] inst_cellmath__51_0_in0;
input [9:9] inst_cellmath__51_0_in1;

assign inst_cellmath__51_0_out0 = 
	((~inst_cellmath__51_0_in1))
	&(inst_cellmath__51_0_in0);
endmodule

module cynw_cm_float_mul_ieee_inst_cellmath__28_0_bdw171856427_bdw (
	inst_cellmath__28_0_out0,
	inst_cellmath__28_0_in0,
	inst_cellmath__28_0_in1
	); /* architecture "behavioural" */ 
output  inst_cellmath__28_0_out0;
input  inst_cellmath__28_0_in0,
	inst_cellmath__28_0_in1;

assign inst_cellmath__28_0_out0 = 
	(inst_cellmath__28_0_in1)
	|(inst_cellmath__28_0_in0);
endmodule

module cynw_cm_float_mul_ieee_inst_cellmath__27_0_bdw171856427_bdw (
	inst_cellmath__27_0_out0,
	inst_cellmath__27_0_in0,
	inst_cellmath__27_0_in1
	); /* architecture "behavioural" */ 
output  inst_cellmath__27_0_out0;
input  inst_cellmath__27_0_in0,
	inst_cellmath__27_0_in1;

assign inst_cellmath__27_0_out0 = 
	(inst_cellmath__27_0_in1)
	|(inst_cellmath__27_0_in0);
endmodule

module cynw_cm_float_mul_ieee_inst_cellmath__50__50__bdw171856427_bdw (
	inst_cellmath__50__50__out0,
	inst_cellmath__50__50__in0
	); /* architecture "behavioural" */ 
output [0:0] inst_cellmath__50__50__out0;
input [9:0] inst_cellmath__50__50__in0;

assign inst_cellmath__50__50__out0 = 
	(inst_cellmath__50__50__in0[0])
	|(inst_cellmath__50__50__in0[1])
	|(inst_cellmath__50__50__in0[2])
	|(inst_cellmath__50__50__in0[3])
	|(inst_cellmath__50__50__in0[4])
	|(inst_cellmath__50__50__in0[5])
	|(inst_cellmath__50__50__in0[6])
	|(inst_cellmath__50__50__in0[7])
	|(inst_cellmath__50__50__in0[8])
	|(inst_cellmath__50__50__in0[9]);
endmodule

module cynw_cm_float_mul_ieee_inst_cellmath__49_1_bdw171856427_bdw (
	inst_cellmath__49_1_out0,
	inst_cellmath__49_1_in0,
	inst_cellmath__49_1_in1,
	inst_cellmath__49_1_in2,
	inst_cellmath__49_1_in3,
	inst_cellmath__49_1_in4,
	inst_cellmath__49_1_in5
	); /* architecture "behavioural" */ 
output  inst_cellmath__49_1_out0;
input  inst_cellmath__49_1_in0;
input [0:0] inst_cellmath__49_1_in1;
input [9:9] inst_cellmath__49_1_in2;
input  inst_cellmath__49_1_in3,
	inst_cellmath__49_1_in4,
	inst_cellmath__49_1_in5;

assign inst_cellmath__49_1_out0 = 
	(inst_cellmath__49_1_in0)
	|(inst_cellmath__49_1_in3)
	|(inst_cellmath__49_1_in5)
	|(inst_cellmath__49_1_in4)
	|(inst_cellmath__49_1_in2)
	|((~inst_cellmath__49_1_in1));
endmodule

module cynw_cm_float_mul_ieee_inst_cellmath__37__43__bdw171856427_bdw (
	inst_cellmath__37__43__out0,
	inst_cellmath__37__43__in0,
	inst_cellmath__37__43__in1
	); /* architecture "behavioural" */ 
output [0:0] inst_cellmath__37__43__out0;
input  inst_cellmath__37__43__in0,
	inst_cellmath__37__43__in1;

assign inst_cellmath__37__43__out0 = 
	(inst_cellmath__37__43__in1)
	|(inst_cellmath__37__43__in0);
endmodule

module cynw_cm_float_mul_ieee_inst_cellmath__32__11__bdw171856427_bdw (
	inst_cellmath__32__11__out0,
	inst_cellmath__32__11__in0
	); /* architecture "behavioural" */ 
output [0:0] inst_cellmath__32__11__out0;
input [8:7] inst_cellmath__32__11__in0;

assign inst_cellmath__32__11__out0 = 
	(inst_cellmath__32__11__in0[7])
	|(inst_cellmath__32__11__in0[8]);
endmodule

module cynw_cm_float_mul_ieee_inst_cellmath__32__10__bdw171856427_bdw (
	inst_cellmath__32__10__out0,
	inst_cellmath__32__10__in0,
	inst_cellmath__32__10__in1
	); /* architecture "behavioural" */ 
output  inst_cellmath__32__10__out0;
input [0:0] inst_cellmath__32__10__in0;
input [9:9] inst_cellmath__32__10__in1;

assign inst_cellmath__32__10__out0 = ~(
	((~inst_cellmath__32__10__in1))
	&(inst_cellmath__32__10__in0));
endmodule

module cynw_cm_float_mul_ieee_inst_cellmath__37__42__bdw171856427_bdw (
	inst_cellmath__37__42__out0,
	inst_cellmath__37__42__in0,
	inst_cellmath__37__42__in1
	); /* architecture "behavioural" */ 
output [0:0] inst_cellmath__37__42__out0;
input  inst_cellmath__37__42__in0,
	inst_cellmath__37__42__in1;

assign inst_cellmath__37__42__out0 = 
	(inst_cellmath__37__42__in1)
	|(inst_cellmath__37__42__in0);
endmodule

module cynw_cm_float_mul_ieee_inst_cellmath__7_0_bdw171856427_bdw (
	inst_cellmath__7_0_out0,
	inst_cellmath__7_0_in0
	); /* architecture "behavioural" */ 
output  inst_cellmath__7_0_out0;
input [2:0] inst_cellmath__7_0_in0;

assign inst_cellmath__7_0_out0 = (7'B0000010==(inst_cellmath__7_0_in0 - 7'B0000001));
endmodule

module cynw_cm_float_mul_ieee_inst_cellmath__42_0_bdw171856427_bdw (
	inst_cellmath__42_0_out0,
	inst_cellmath__42_0_in0,
	inst_cellmath__42_0_in1,
	inst_cellmath__42_0_in2,
	inst_cellmath__42_0_in3
	); /* architecture "behavioural" */ 
output  inst_cellmath__42_0_out0;
input  inst_cellmath__42_0_in0,
	inst_cellmath__42_0_in1,
	inst_cellmath__42_0_in2,
	inst_cellmath__42_0_in3;
wire [1:0] inst_cellmath__5_0;

assign inst_cellmath__5_0 = {inst_cellmath__42_0_in2,inst_cellmath__42_0_in1};

reg [0:0] inst_cellmath__42_0_out0_tmp_0;
assign inst_cellmath__42_0_out0 = inst_cellmath__42_0_out0_tmp_0;
always @ (inst_cellmath__5_0 or inst_cellmath__42_0_in0 or inst_cellmath__42_0_in3) begin
	casez (inst_cellmath__5_0)
		2'B00 : inst_cellmath__42_0_out0_tmp_0 = ~inst_cellmath__42_0_in0 ;
		2'B01 : inst_cellmath__42_0_out0_tmp_0 = inst_cellmath__42_0_in3 ;
		default : inst_cellmath__42_0_out0_tmp_0 = ~inst_cellmath__42_0_in3 ;
	endcase
end
endmodule

module cynw_cm_float_mul_ieee_inst_cellmath__52_0_bdw171856427_bdw (
	inst_cellmath__52_0_out0,
	inst_cellmath__52_0_in0,
	inst_cellmath__52_0_in1,
	inst_cellmath__52_0_in2,
	inst_cellmath__52_0_in3,
	inst_cellmath__52_0_in4
	); /* architecture "behavioural" */ 
output [7:0] inst_cellmath__52_0_out0;
input  inst_cellmath__52_0_in0;
input [7:0] inst_cellmath__52_0_in1;
input  inst_cellmath__52_0_in2;
input [0:0] inst_cellmath__52_0_in3,
	inst_cellmath__52_0_in4;
wire [2:0] inst_cellmath__49_0;
wire [8:0] inst_cellmath__37__40;

assign inst_cellmath__49_0 = {inst_cellmath__52_0_in0,inst_cellmath__52_0_in3,inst_cellmath__52_0_in4};

assign inst_cellmath__37__40[7:0] = {7'B1111111,inst_cellmath__52_0_in2};

reg [7:0] inst_cellmath__52_0_out0_tmp_0;
assign inst_cellmath__52_0_out0 = inst_cellmath__52_0_out0_tmp_0;
always @ (inst_cellmath__49_0 or inst_cellmath__52_0_in1 or inst_cellmath__37__40[7:0]) begin
	casez (inst_cellmath__49_0)
		3'B0?? : inst_cellmath__52_0_out0_tmp_0 = inst_cellmath__52_0_in1 ;
		3'B100 : inst_cellmath__52_0_out0_tmp_0 = inst_cellmath__37__40[7:0] ;
		3'B11? : inst_cellmath__52_0_out0_tmp_0 = 8'B11111111 ;
		default : inst_cellmath__52_0_out0_tmp_0 = {8{1'b0}} ;
	endcase
end
endmodule

module cynw_cm_float_mul_ieee_inst_cellmath__47_0_bdw171856427_bdw (
	inst_cellmath__47_0_out0,
	inst_cellmath__47_0_in0,
	inst_cellmath__47_0_in1,
	inst_cellmath__47_0_in2,
	inst_cellmath__47_0_in3,
	inst_cellmath__47_0_in4
	); /* architecture "behavioural" */ 
output  inst_cellmath__47_0_out0;
input  inst_cellmath__47_0_in0,
	inst_cellmath__47_0_in1,
	inst_cellmath__47_0_in2,
	inst_cellmath__47_0_in3,
	inst_cellmath__47_0_in4;

assign inst_cellmath__47_0_out0 = 
	((~inst_cellmath__47_0_in0))
	&((~inst_cellmath__47_0_in1))
	&((~inst_cellmath__47_0_in2))
	&((~inst_cellmath__47_0_in4))
	&((~inst_cellmath__47_0_in3));
endmodule

module cynw_cm_float_mul_ieee_inst_cellmath__53_U_bdw171856427_bdw (
	inst_cellmath__53_U_out0,
	inst_cellmath__53_U_in0,
	inst_cellmath__53_U_in1,
	inst_cellmath__53_U_in2,
	inst_cellmath__53_U_in3,
	inst_cellmath__53_U_in4,
	inst_cellmath__53_U_in5
	); /* architecture "behavioural" */ 
output [22:22] inst_cellmath__53_U_out0;
input  inst_cellmath__53_U_in0,
	inst_cellmath__53_U_in1;
input [22:22] inst_cellmath__53_U_in2;
input  inst_cellmath__53_U_in3,
	inst_cellmath__53_U_in4;
input [46:46] inst_cellmath__53_U_in5;
wire [2:0] inst_cellmath__49_1_1;

assign inst_cellmath__49_1_1 = {inst_cellmath__53_U_in0,inst_cellmath__53_U_in3,inst_cellmath__53_U_in4};

reg [0:0] inst_cellmath__53_U_out0_tmp_0;
assign inst_cellmath__53_U_out0 = inst_cellmath__53_U_out0_tmp_0;
always @ (inst_cellmath__49_1_1 or inst_cellmath__53_U_in5 or inst_cellmath__53_U_in2 or inst_cellmath__53_U_in1) begin
	casez (inst_cellmath__49_1_1)
		3'B00? : inst_cellmath__53_U_out0_tmp_0 = inst_cellmath__53_U_in5 ;
		3'B01? : inst_cellmath__53_U_out0_tmp_0 = inst_cellmath__53_U_in2 ;
		3'B1?0 : inst_cellmath__53_U_out0_tmp_0 = inst_cellmath__53_U_in1 ;
		default : inst_cellmath__53_U_out0_tmp_0 = 1'B1 ;
	endcase
end
endmodule

module cynw_cm_float_mul_ieee_inst_cellmath__53_M_bdw171856427_bdw (
	inst_cellmath__53_M_out0,
	inst_cellmath__53_M_in0,
	inst_cellmath__53_M_in1,
	inst_cellmath__53_M_in2,
	inst_cellmath__53_M_in3,
	inst_cellmath__53_M_in4,
	inst_cellmath__53_M_in5,
	inst_cellmath__53_M_in6,
	inst_cellmath__53_M_in7,
	inst_cellmath__53_M_in8,
	inst_cellmath__53_M_in9
	); /* architecture "behavioural" */ 
output [21:0] inst_cellmath__53_M_out0;
input  inst_cellmath__53_M_in0,
	inst_cellmath__53_M_in1;
input [21:0] inst_cellmath__53_M_in2;
input  inst_cellmath__53_M_in3,
	inst_cellmath__53_M_in4;
input [45:24] inst_cellmath__53_M_in5;
input  inst_cellmath__53_M_in6,
	inst_cellmath__53_M_in7;
input [21:0] inst_cellmath__53_M_in8,
	inst_cellmath__53_M_in9;
wire [4:0] inst_cellmath__49_1_0;

assign inst_cellmath__49_1_0 = {inst_cellmath__53_M_in0,inst_cellmath__53_M_in3,inst_cellmath__53_M_in4,inst_cellmath__53_M_in7,inst_cellmath__53_M_in6};

reg [21:0] inst_cellmath__53_M_out0_tmp_0;
assign inst_cellmath__53_M_out0 = inst_cellmath__53_M_out0_tmp_0;
always @ (inst_cellmath__49_1_0 or inst_cellmath__53_M_in5 or inst_cellmath__53_M_in2 or inst_cellmath__53_M_in1 or inst_cellmath__53_M_in8 or inst_cellmath__53_M_in9) begin
	casez (inst_cellmath__49_1_0)
		5'B00??? : inst_cellmath__53_M_out0_tmp_0 = inst_cellmath__53_M_in5 ;
		5'B01??? : inst_cellmath__53_M_out0_tmp_0 = inst_cellmath__53_M_in2 ;
		5'B1?0?? : inst_cellmath__53_M_out0_tmp_0 = {{21{inst_cellmath__53_M_in1}}, inst_cellmath__53_M_in1} ;
		5'B1?101 : inst_cellmath__53_M_out0_tmp_0 = inst_cellmath__53_M_in8 ;
		5'B1?11? : inst_cellmath__53_M_out0_tmp_0 = inst_cellmath__53_M_in9 ;
		default : inst_cellmath__53_M_out0_tmp_0 = {22{1'b0}} ;
	endcase
end
endmodule

/* CADENCE  v7nzTwvfog== : u9/ySgnWtBlWxVPRXgAZ4Og= ** DO NOT EDIT THIS LINE **/